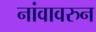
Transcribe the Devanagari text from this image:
नांवावरुन